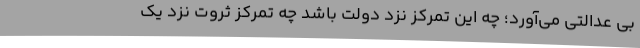
بی عدالتی می‌آورد؛ چه این تمرکز نزد دولت باشد چه تمرکزِ ثروت نزد یک